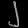
Digit: ၂